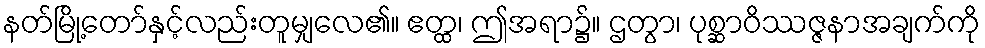
နတ်မြို့တော်နှင့်လည်းတူမျှလေ၏။ ဧတ္ထ၊ ဤအရာ၌။ ဌတွာ၊ ပုစ္ဆာဝိဿဇ္ဇနာအချက်ကို